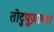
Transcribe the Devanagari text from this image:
तोटुपुज़ायार